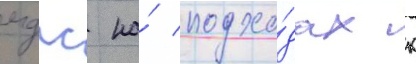
мдпс на́ подхо́дах к